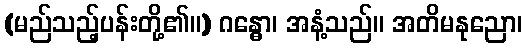
(မည်သည့်ပန်းတို့၏။) ဂန္ဓော၊ အနံ့သည်။ အတိမနုညော၊